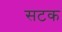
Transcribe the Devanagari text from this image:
सटक